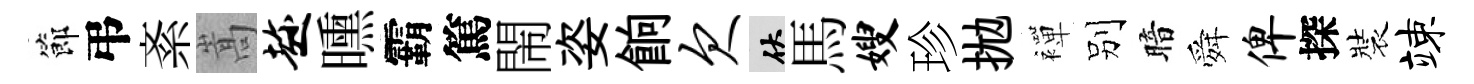
節弔紊嵩趁曛霸篤閙姿餉欠伏馬嫂珍拋襌别暗舜俾探裝竦